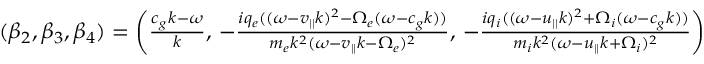
\begin{array} { r } { ( \beta _ { 2 } , \beta _ { 3 } , \beta _ { 4 } ) = \left( \frac { c _ { g } k - \omega } { k } , \, - \frac { i q _ { e } ( ( \omega - v _ { | | } k ) ^ { 2 } - \Omega _ { e } ( \omega - c _ { g } k ) ) } { m _ { e } k ^ { 2 } ( \omega - v _ { | | } k - \Omega _ { e } ) ^ { 2 } } , \, - \frac { i q _ { i } ( ( \omega - u _ { | | } k ) ^ { 2 } + \Omega _ { i } ( \omega - c _ { g } k ) ) } { m _ { i } k ^ { 2 } ( \omega - u _ { | | } k + \Omega _ { i } ) ^ { 2 } } \right) } \end{array}